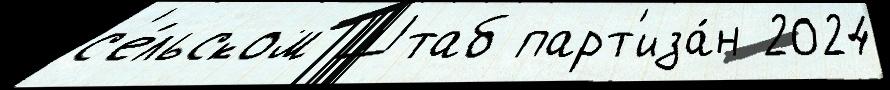
с'е́льском Штаб парт'иза́н 2024